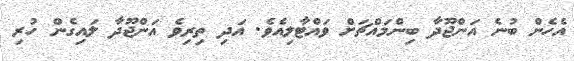
އެހެން ބުނެ އަންޖޫދާ ބިންމައްޗަށް ވައްޓާލިއެވެ. އަދި ތިރިވެ އަންޖޫދާ ލައިގެން ހުރި